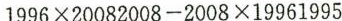
$$1996\times 20082008-2008\times 19961995$$